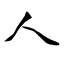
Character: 人